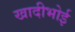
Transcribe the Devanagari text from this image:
खादीभोई